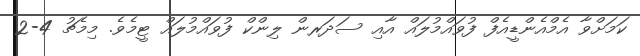
ކަމަށްވާ އެމްއެންޑީއެފް ފުވައްމުލައް އާއި ސަދަރން ލިންކް ފުވައްމުލައް ޓީމެވެ. މިމެޗު 4-2